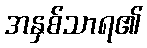
အနှစ်သာရ၏